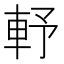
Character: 𨋋